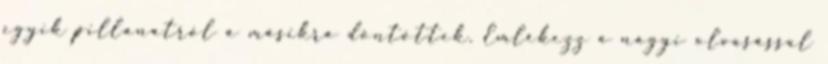
egyik pillanatról a másikra döntöttek. Emlékezz a nagyi olvasással